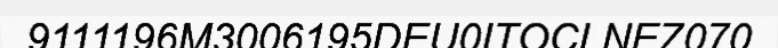
9111196M3006195DEU0ITOCLNEZ070